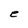
Character: e